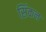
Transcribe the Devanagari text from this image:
सिंकन